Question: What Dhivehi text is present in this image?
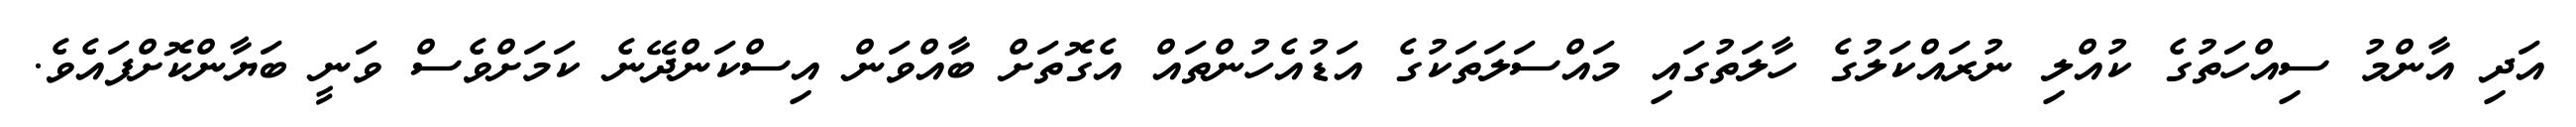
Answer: އަދި އާންމު ސިއްހަތުގެ ކުއްލި ނުރައްކަލުގެ ހާލަތުގައި މައްސަލަތަކުގެ އަޑުއެހުންތައް އެގޮތަށް ބާއްވަން އިސްކަންދޭނެ ކަމަށްވެސް ވަނީ ބަޔާންކޮށްފައެވެ.